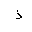
Letter: _thal